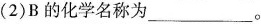
(2)B的化学名称为___。